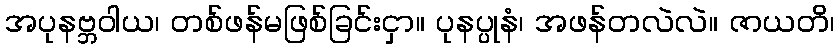
အပုနဗ္ဘဝါယ၊ တစ်ဖန်မဖြစ်ခြင်းငှာ။ ပုနပ္ပုနံ၊ အဖန်တလဲလဲ။ ဇာယတိ၊